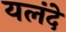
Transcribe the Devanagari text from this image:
यलंदे